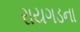
રાયગડના